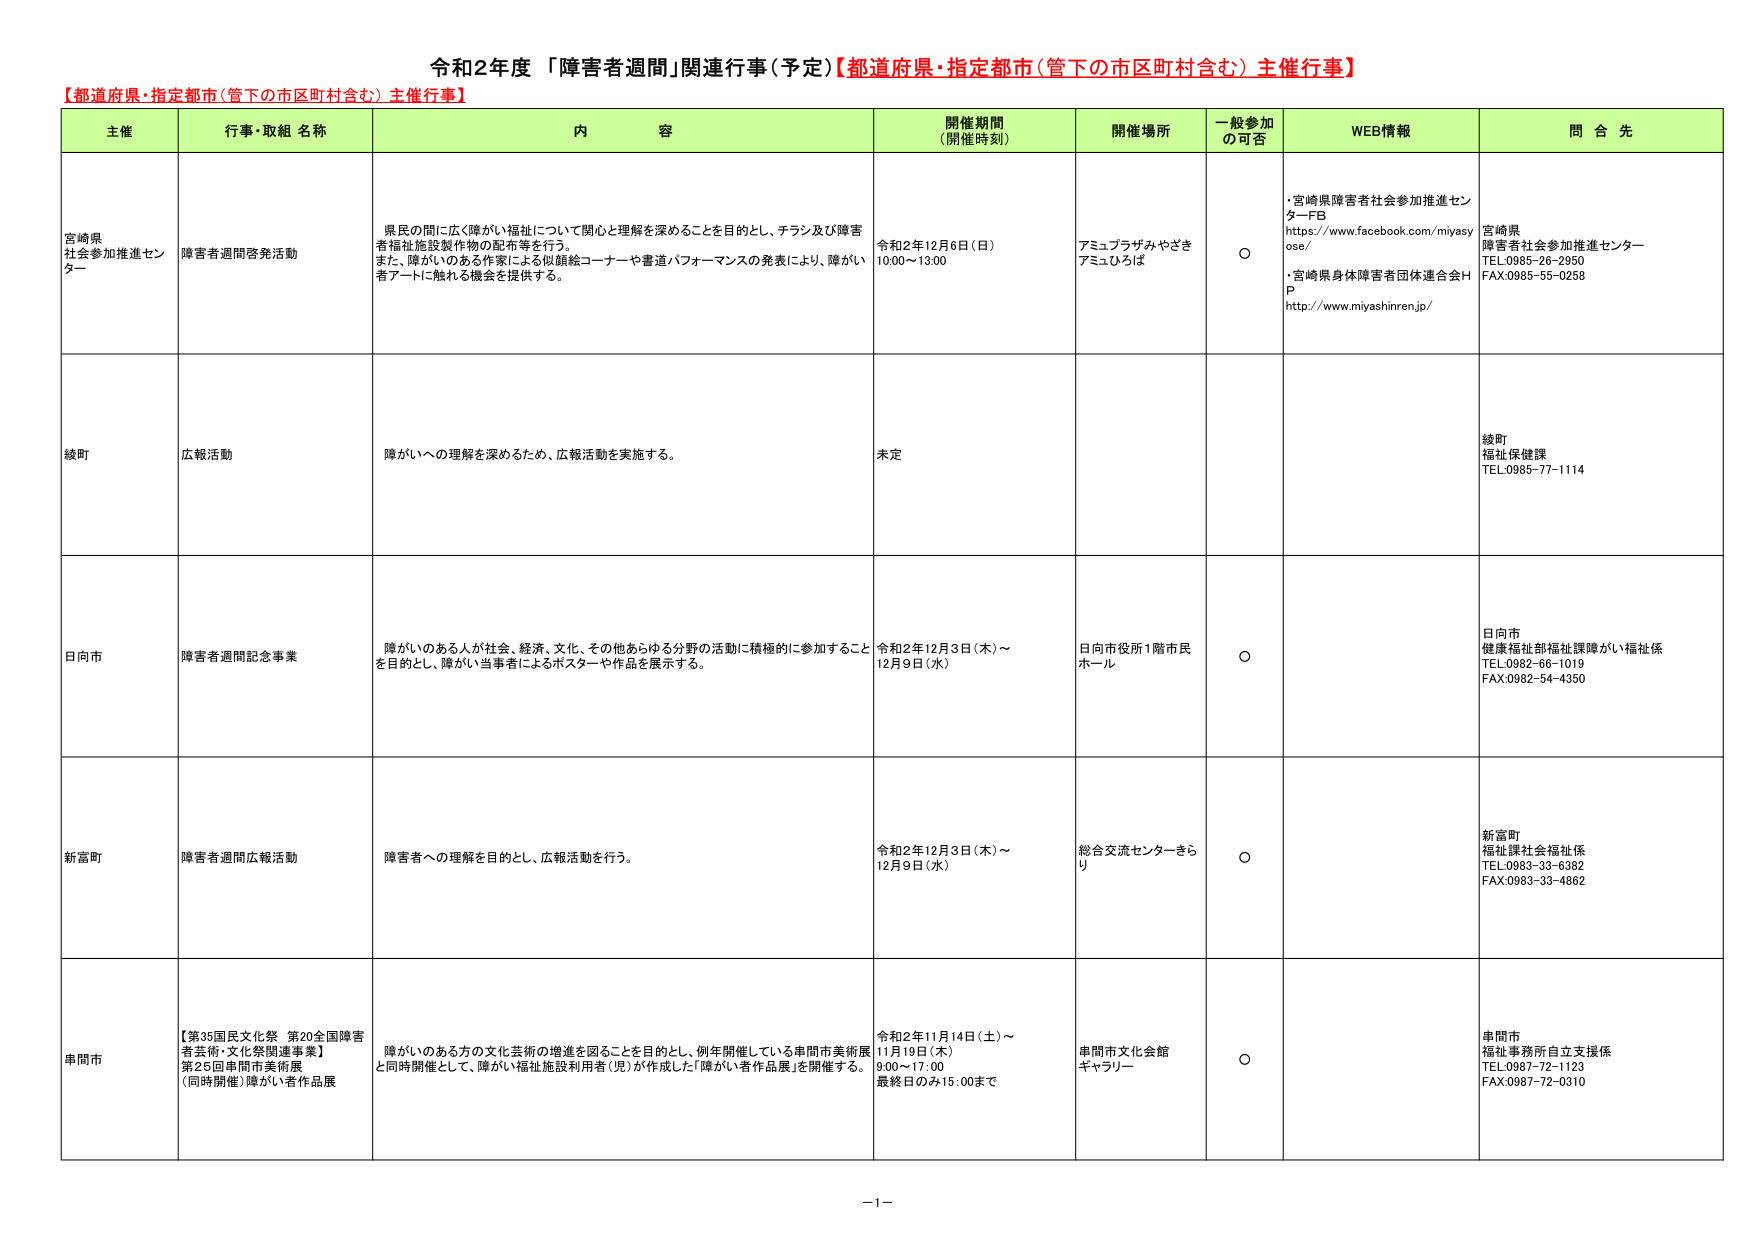
令和2年度「障害者週間」関連行事（予定）【都道府県・指定都市（管下の市区町村含む）主催行事】
【都道府県・指定都市（管下の市区町村含む）主催行事】
主催 行事・取組 名称 内 容 開催期間 （開催時刻） 開催場所 一般参加 の可否 WEB情報 問 合 先
宮崎県 社会参加推進センター 障害者週間啓発活動 県民の間に広く障がい福祉について関心と理解を深めることを目的とし、チラシ及び障害者福祉施設製作物の配布等を行う。 また、障がいのある作家による似顔絵コーナーや書道パフォーマンスの発表により、障がい者アートに触れる機会を提供する。 令和2年12月6日（日） 10:00～13:00 アミュプラザみやざき アミュひば ○ ・宮崎県障害者社会参加推進センターFB https://www.facebook.com/miyasayose/ ・宮崎県身体障害者団体連合会HP http://www.miyashinren.jp/ 宮崎県 障害者社会参加推進センター TEL.0985-26-2950 FAX.0985-55-0258
綾町 広報活動 障がいへの理解を深めるため、広報活動を実施する。 未定 綾町 福祉保健課 TEL.0985-77-1114
日向市 障害者週間記念事業 障がいのある人が社会、経済、文化、その他あらゆる分野の活動に積極的に参加することを目的とし、障がい当事者によるポスターや作品を展示する。 令和2年12月3日（木）～ 12月9日（水） 日向市役所1階市民ホール ○ 日向市 健康福祉部福祉課障がい福祉係 TEL.0982-66-1019 FAX.0982-54-4350
新富町 障害者週間広報活動 障害者への理解を目的とし、広報活動を行う。 令和2年12月3日（木）～ 12月9日（水） 総合交流センターきらり ○ 新富町 福祉課社会福祉係 TEL.0983-33-6382 FAX.0983-33-4862
串間市 【第35国民文化祭 第20全国障害者芸術・文化祭関連事業】 第25回串間市美術展 （同時開催）障がい者作品展 障がいのある方の文化芸術の増進を図ることを目的とし、例年開催している串間市美術展と同時開催として、障がい福祉施設利用者（児）が作成した「障がい者作品展」を開催する。 令和2年11月14日（土）～ 11月19日（木） 9:00～17:00 最終日のみ15:00まで 串間市文化会館 ギャラリー ○ 串間市 福祉事務所自立支援係 TEL.0987-72-1123 FAX.0987-72-0310
－1－